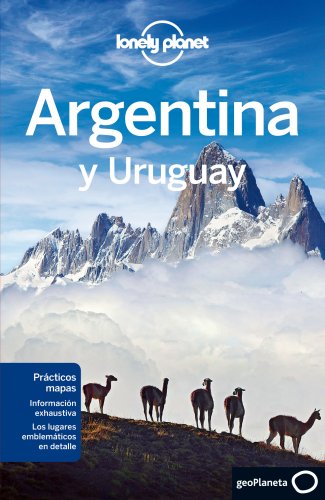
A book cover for Lonely Planet Argentina y Uruguay (Nueva ediciÃ³n) (Travel Guide) (Spanish Edition); Lonely Planet; Travel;